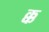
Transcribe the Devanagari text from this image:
क्क